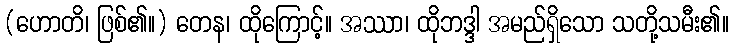
(ဟောတိ၊ ဖြစ်၏။) တေန၊ ထိုကြောင့်။ အဿာ၊ ထိုဘဒ္ဒါ အမည်ရှိသော သတို့သမီး၏။